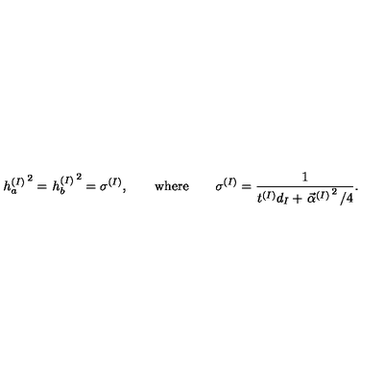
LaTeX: \left. h _ { a } ^ { ( I ) } \right. ^ { 2 } = \left. h _ { b } ^ { ( I ) } \right. ^ { 2 } = \sigma ^ { ( I ) } , \qquad \mathrm { w h e r e } \qquad \sigma ^ { ( I ) } = \frac { 1 } { t ^ { ( I ) } d _ { I } + \left. \vec { \alpha } ^ { ( I ) } \right. ^ { 2 } / 4 } .